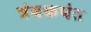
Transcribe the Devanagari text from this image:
त्रंबकपंत